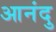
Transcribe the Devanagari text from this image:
आनंदु